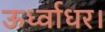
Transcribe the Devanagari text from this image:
ऊर्ध्वाधर।